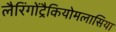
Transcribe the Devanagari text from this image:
लैरिंगोंट्रैकियोमलासिया